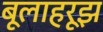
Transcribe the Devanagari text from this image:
बूलाहरूझ